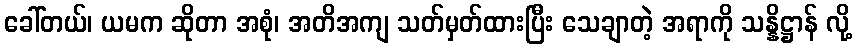
ခေါ်တယ်၊ ယမက ဆိုတာ အစုံ၊ အတိအကျ သတ်မှတ်ထားပြီး သေချာတဲ့ အရာကို သန္နိဋ္ဌာန် လို့